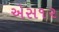
એસ૧૨